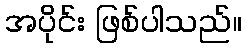
အပိုင်း ဖြစ်ပါသည်။